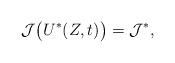
LaTeX: \begin{align*} \mathcal{J}\big(U^{\ast }(Z,t)\big)=\mathcal{J}^{*},\end{align*}